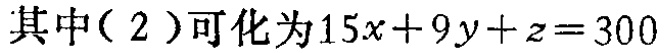
其中（2）可化为\(15x + 9y + z = 300\)